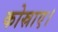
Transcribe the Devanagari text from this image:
कोस्राए।